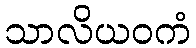
သာလိယဝကံ